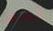
أعتقد